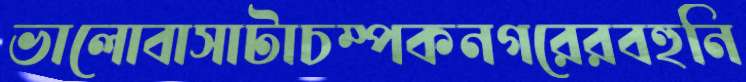
ভালোবাসাটাচম্পকনগরেরবহুনি